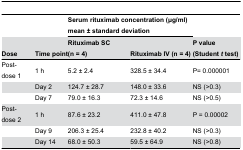
<table><thead><tr><td></td><td></td><td colspan="2"><b>Serum rituximab concentration (μg/ml) mean ± standard deviation</b></td><td></td></tr><tr><td><b>Dose</b></td><td><b>Time point</b></td><td><b>Rituximab SC (n = 4)</b></td><td><b>Rituximab IV (n = 4)</b></td><td><b>P value (Student <i>t</i> test)</b></td></tr></thead><tbody><tr><td>Post-dose 1</td><td>1 h</td><td>5.2 ± 2.4</td><td>328.5 ± 34.4</td><td>P= 0.000001</td></tr><tr><td></td><td>Day 2</td><td>124.7 ± 28.7</td><td>148.0 ± 33.6</td><td>NS (&gt;0.3)</td></tr><tr><td></td><td>Day 7</td><td>79.0 ± 16.3</td><td>72.3 ± 14.6</td><td>NS (&gt;0.5)</td></tr><tr><td>Post-dose 2</td><td>1 h</td><td>87.6 ± 23.2</td><td>411.0 ± 47.8</td><td>P = 0.00002</td></tr><tr><td></td><td>Day 9</td><td>206.3 ± 25.4</td><td>232.8 ± 40.2</td><td>NS (&gt;0.3)</td></tr><tr><td></td><td>Day 14</td><td>68.0 ± 50.3</td><td>59.5 ± 64.9</td><td>NS (&gt;0.8)</td></tr></tbody></table>